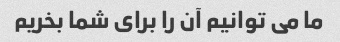
ما می توانیم آن را برای شما بخریم